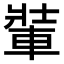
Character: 𨌄